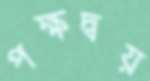
পক্ষদ্বয়